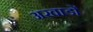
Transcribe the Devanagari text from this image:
अखाडों